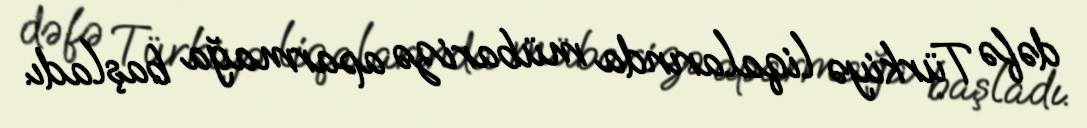
dəfə Türkiyə liqalarında mübarizə aparmağa başladı.